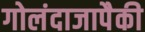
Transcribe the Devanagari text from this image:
गोलंदाजापैकी